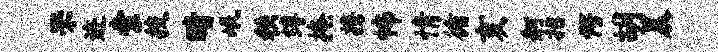
罘迹索技睛岷秩缚掩携怖情循亥舸招愕胡晨